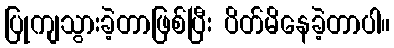
ပြုကျသွားခဲ့တာဖြစ်ပြီး ပိတ်မိနေခဲ့တာပါ။